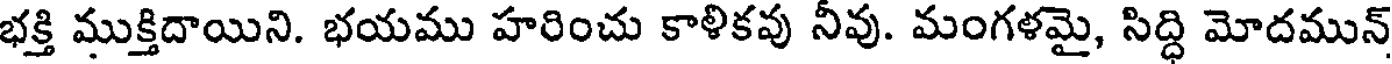
భక్తి ముక్తిదాయిని. భయము హరించు కాళికవు నీవు. మంగళమై, సిద్ధి మోదమున్